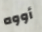
أووه